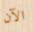
الآن